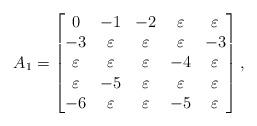
LaTeX: \begin{align*}A_{1} =\begin{bmatrix}0 & -1 & -2 & \varepsilon & \varepsilon \\ -3 & \varepsilon & \varepsilon & \varepsilon & -3 \\ \varepsilon & \varepsilon & \varepsilon & -4 & \varepsilon \\ \varepsilon & -5 & \varepsilon & \varepsilon & \varepsilon \\ -6 &\varepsilon & \varepsilon & -5 & \varepsilon\end{bmatrix},\end{align*}